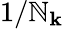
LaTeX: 1/\mathbb{N}_{\mathbf{{k}}}